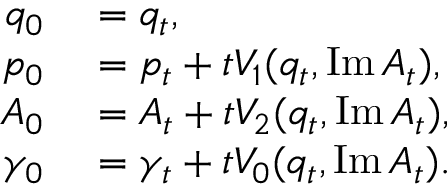
\begin{array} { r l } { q _ { 0 } } & { { } = q _ { t } , } \\ { p _ { 0 } } & { { } = p _ { t } + t V _ { 1 } ( q _ { t } , \operatorname { I m } A _ { t } ) , } \\ { A _ { 0 } } & { { } = A _ { t } + t V _ { 2 } ( q _ { t } , \operatorname { I m } A _ { t } ) , } \\ { \gamma _ { 0 } } & { { } = \gamma _ { t } + t V _ { 0 } ( q _ { t } , \operatorname { I m } A _ { t } ) . } \end{array}